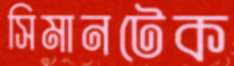
সিমানটেক